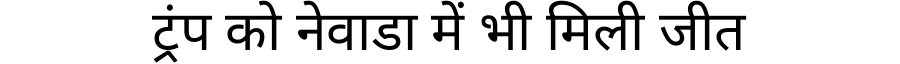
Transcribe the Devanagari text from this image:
ट्रंप को नेवाडा में भी मिली जीत